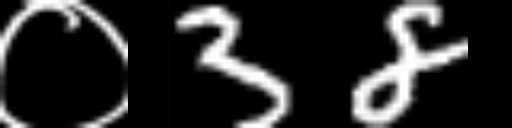
Text: ०38